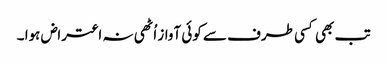
تب بھی کسی طرف سے کوئی آواز اُٹھی نہ اعتراض ہوا ۔